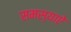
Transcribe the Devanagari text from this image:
समस्याऐ